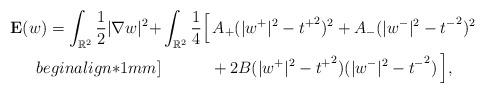
LaTeX: \begin{align*}{\mathbf E}( w)=\int_{\mathbb{R}^2}\frac{1}{2}|\nabla w|^2+&\int_{\mathbb{R}^2}\frac{1}{4}\Big[\,A_+(| w^+|^2-{t^+}^2)^2+A_-(| w^-|^2-{t^-}^2)^2\\begin{align*}1mm]&\qquad\quad+2B(| w^+|^2-{t^+}^2)(| w^-|^2-{t^-}^2)\,\Big],\end{align*}